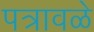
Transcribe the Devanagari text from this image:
पत्रावळे